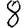
Digit: 8